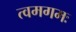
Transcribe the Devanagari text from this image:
त्वमगमः